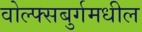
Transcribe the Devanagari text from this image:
वोल्फ्सबुर्गमधील